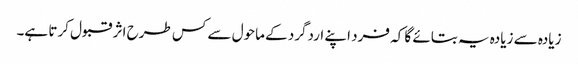
زیادہ سے زیادہ یہ بتائے گا کہ فرد اپنے اردگرد کے ماحول سے کس طرح اثر قبول کرتا ہے۔